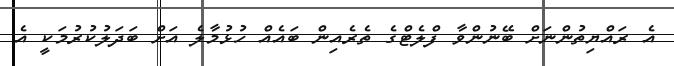
އެ ރައްޔިތުންނަށް ބޭނުންވާ ފްލެޓްގެ ތެރެއިން ބައެއް ހުޅުމާލެ އަށް ބަދަލުކުރުމަކީ އެ